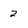
Character: 2